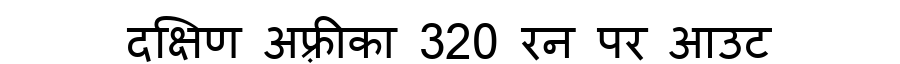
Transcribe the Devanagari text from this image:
दक्षिण अफ़्रीका 320 रन पर आउट